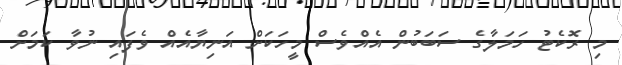
މި ރޮކެޓު ހަމަލާގެ ސަބަބުން އެއްވެސް މީހަކަށް އަނިޔާއެއް ވެފައި ނުވާ ކަމަށް